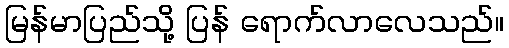
မြန်မာပြည်သို့ ပြန် ရောက်လာလေသည်။